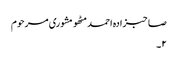
صاحبزادہ احمد مٹھو مشوری مرحوم
۲۔